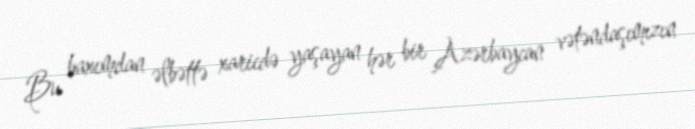
Bu baxımdan əlbəttə xaricdə yaşayan hər bir Azərbaycan vətəndaşımızın